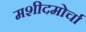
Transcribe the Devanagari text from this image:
मशीदमोर्चा